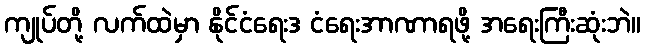
ကျုပ်တို့ လက်ထဲမှာ နိုင်ငံရေးဒ ငံရေးအာဏာရဖို့ အရေးကြီးဆုံးဘဲ။